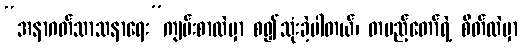
“အနာဂတ်သာသနာရေး”ကျမ်းစာထဲမှာ စ၍သုံးခဲ့ပါတယ်၊ တပည့်တော်ရဲ့ စိတ်ထဲမှာ